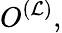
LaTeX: O^{(\mathcal{L})},